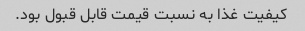
کیفیت غذا به نسبت قیمت قابل قبول بود.